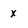
Character: x